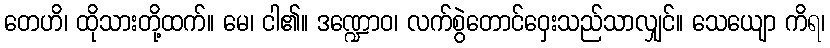
တေဟိ၊ ထိုသားတို့ထက်။ မေ၊ ငါ၏။ ဒဏ္ဍောဝ၊ လက်စွဲတောင်ဝှေးသည်သာလျှင်။ သေယျော ကိရ၊